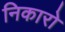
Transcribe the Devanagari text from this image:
निकारो